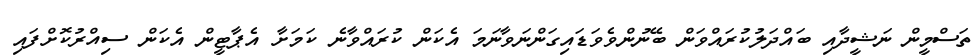
ތަސްމީން ނަޝީދާއި ބައްދަލުކުރައްވަން ބޭނުންވެވަޑައިގަންނަވާނަމަ އެކަން ކުރައްވާނެ ކަމަށާ އެޕާޓީން އެކަން ސިއްރުކޮށްފައި